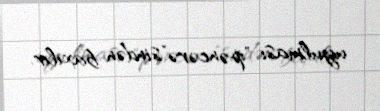
uyulması "pəncərə"sindən baxılır.